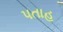
પતાહ